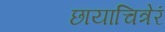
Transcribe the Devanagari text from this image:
छायाचित्रेरं